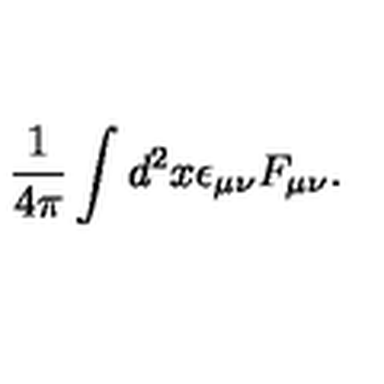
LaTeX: \frac { 1 } { 4 \pi } \int d ^ { 2 } x \epsilon _ { \mu \nu } F _ { \mu \nu } .